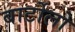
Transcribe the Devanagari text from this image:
बार्टोलो